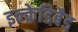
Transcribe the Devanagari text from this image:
इन्क्रेडिबैड